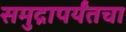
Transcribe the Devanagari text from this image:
समुद्रापर्यंतचा